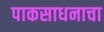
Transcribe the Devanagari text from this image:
पाकसाधनाचा